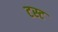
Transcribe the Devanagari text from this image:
टस्ट